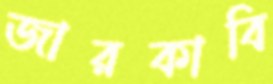
জারকাবি